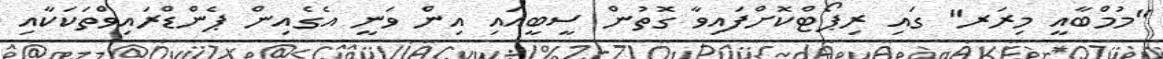
"މުމްބާއީ މިރަރ" ގައި ރިޕޯޓްކޮށްފައިވާ ގޮތުން ސީބީއައި އިން ވަނީ އެގެއިން ޕެންޑްރައިވްތަކަކާއި